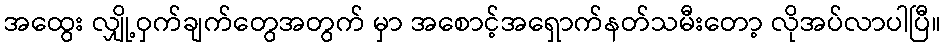
အထွေး လျှို့ဝှက်ချက်တွေအတွက် မှာ အစောင့်အရှောက်နတ်သမီးတော့ လိုအပ်လာပါပြီ။